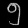
Digit: ၅